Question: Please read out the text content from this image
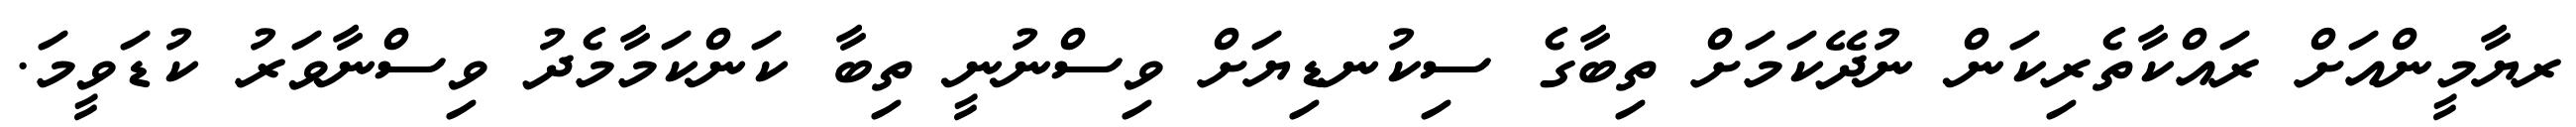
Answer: ރޔާމީންއަށް ރައްކާތެރިކަން ނުދޭކަމަށް ތިބާގެ ސިކުނޑިޔަށް ވިސްނުނީ ތިބާ ކަންކަމާމެދު ވިސްނާވަރު ކުޑަވީމަ.